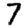
Digit: 7